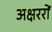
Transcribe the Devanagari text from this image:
अक्षररों